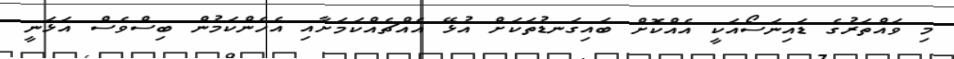
މި ވައްތަރުގެ ޑައިނަސޯއަކީ އެއްކޮށް ބައިގަނޑުތަކަށް އުޅޭ އެއްޗެއްކަމަށާއި އެހެންކަމުން ބިސްވެސް އަޅަނީ